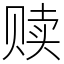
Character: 赎